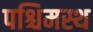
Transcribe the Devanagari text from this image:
पश्चिमस्थ